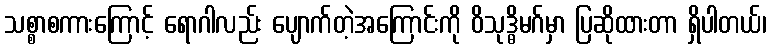
သစ္စာစကားကြောင့် ရောဂါလည်း ပျောက်တဲ့အကြောင်းကို ဝိသုဒ္ဓိမဂ်မှာ ပြဆိုထားတာ ရှိပါတယ်၊